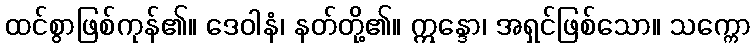
ထင်စွာဖြစ်ကုန်၏။ ဒေဝါနံ၊ နတ်တို့၏။ ဣန္ဒော၊ အရှင်ဖြစ်သော။ သက္ကော